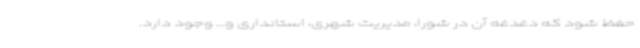
حفظ شود که دغدغه آن در شورا، مدیریت شهری، استانداری و... وجود دارد.